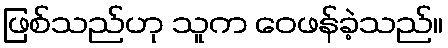
ဖြစ်သည်ဟု သူက ဝေဖန်ခဲ့သည်။